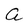
Character: a